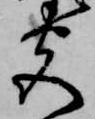
尽